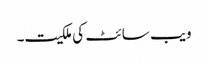
ویب سائٹ کی ملکیت۔